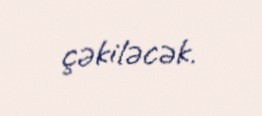
çəkiləcək.